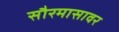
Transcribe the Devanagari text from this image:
सौरमासावर